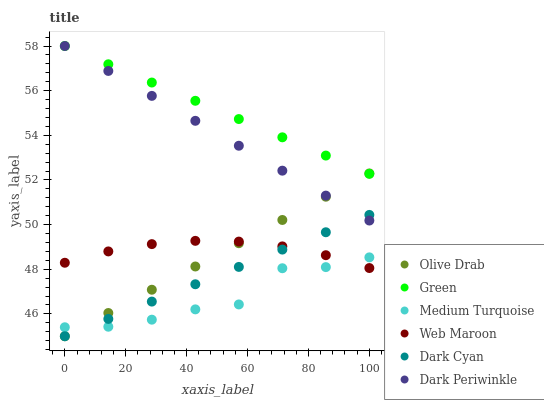
| xaxis_label | Olive Drab | Green | Medium Turquoise | Web Maroon | Dark Cyan | Dark Periwinkle |
 | --- | --- | --- | --- | --- | --- | --- |
 | 0 | 45 | 58 | 45.4 | 48.3 | 45 | 58 |
 | 14.3 | 46 | 57.2 | 45.4 | 48.8 | 45.8 | 56.9 |
 | 28.6 | 47.1 | 56.4 | 45.7 | 49.1 | 46.6 | 55.8 |
 | 42.9 | 48.1 | 55.5 | 46.2 | 49.3 | 47.3 | 54.6 |
 | 57.1 | 49.2 | 54.7 | 46.4 | 49.2 | 48.1 | 53.5 |
 | 71.4 | 50.2 | 53.9 | 48 | 49 | 48.9 | 52.4 |
 | 85.7 | 51.3 | 53.1 | 48.1 | 48.6 | 49.7 | 51.3 |
 | 100 | 52.3 | 52.3 | 48.5 | 48.1 | 50.4 | 50.2 |